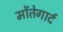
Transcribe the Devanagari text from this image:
मोंतेगार्द